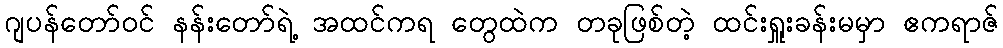
ဂျပန်တော်ဝင် နန်းတော်ရဲ့ အထင်ကရ တွေထဲက တခုဖြစ်တဲ့ ထင်းရှူးခန်းမမှာ ဧကရာဇ်